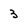
Character: 3